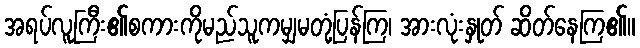
အရပ်လူကြီး၏စကားကိုမည်သူကမျှမတုံ့ပြန်ကြ၊ အားလုံးနှုတ် ဆိတ်နေကြ၏။